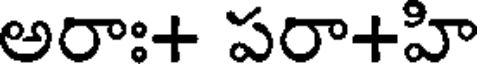
అరాః+ పరా+హి